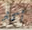
أكثر